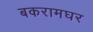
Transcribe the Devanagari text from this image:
बकरामघर